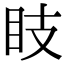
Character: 𥄏